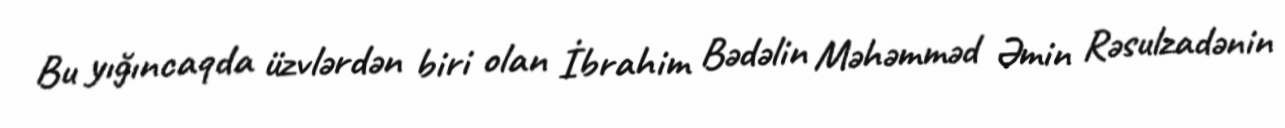
Bu yığıncaqda üzvlərdən biri olan İbrahim Bədəlin Məhəmməd Əmin Rəsulzadənin